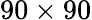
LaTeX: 90\times 90